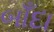
બાઁદા